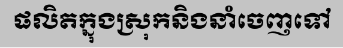
ផលិតក្នុងស្រុកនិងនាំចេញទៅ